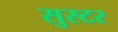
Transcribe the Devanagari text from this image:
सुस्टर